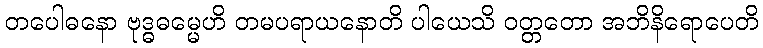
တပေါဓနော ဗုဒ္ဓဓမ္မေဟိ တမပရာယနောတိ ပါယေသိ ဝတ္တတော အဘိနိရောပေတိ